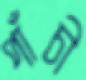
পাঁচী